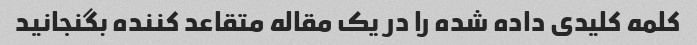
کلمه کلیدی داده شده را در یک مقاله متقاعد کننده بگنجانید